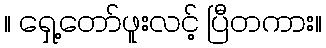
။ ရှေ့တော်ဖူးလင့် ပြီတကား။